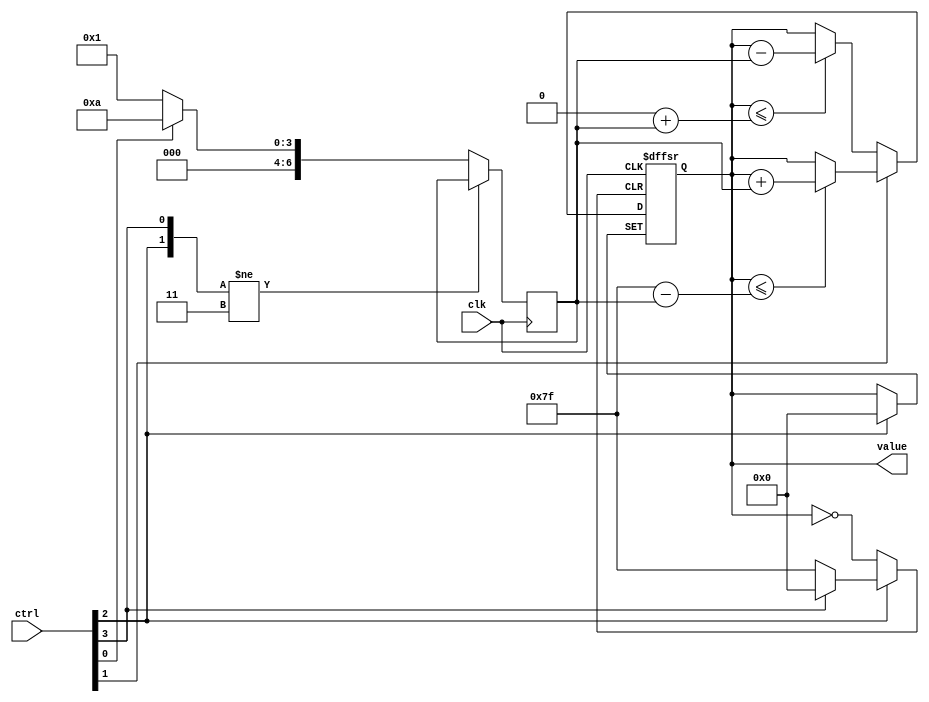
module vud_small(clk, ctrl, value);
    input clk;
    input [3:0] ctrl;
    
    parameter [3:0] idx_upper_bound = 6;
    parameter [idx_upper_bound:0] min = 0, max = 127;

    output [idx_upper_bound:0] value;
    reg [idx_upper_bound:0] value;

    wire rst, lock, flag_dir;
    wire flag_delta;
    assign {rst, lock, flag_dir, flag_delta} = ctrl;

    reg [idx_upper_bound:0] delta;
    always@(posedge clk or negedge rst or negedge lock) begin
        if(!lock) ;
        else begin
            if(!rst) begin
                value <= 0;
            end
            else begin
                if(flag_delta == 1'b1) delta <= 10;
                else delta <= 1;

                if(flag_dir == 1'b1) begin
                    if(value <= max - delta)
						      value <= value + delta;
                end
                else begin
                    if(value <= min + delta)
						      value <= value - delta;
                end
            end
        end
    end

endmodule